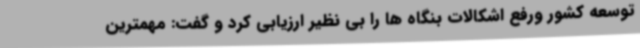
توسعه کشور ورفع اشکالات بنگاه ها را بی نظیر ارزیابی کرد و گفت: مهمترین